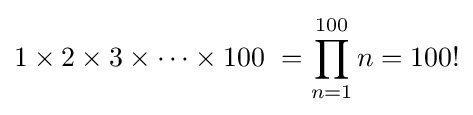
1\times 2\times 3\times \cdots \times 100\ =\prod _{n=1}^{100}n=100!